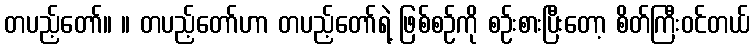
တပည့်တော်။ ။ တပည့်တော်ဟာ တပည့်တော်ရဲ့ ဖြစ်စဉ်ကို စဉ်းစားပြီးတော့ စိတ်ကြီးဝင်တယ်